65_HS1-834228961_62-HQ-83894_Section_6
Agency: FBI
Page 122
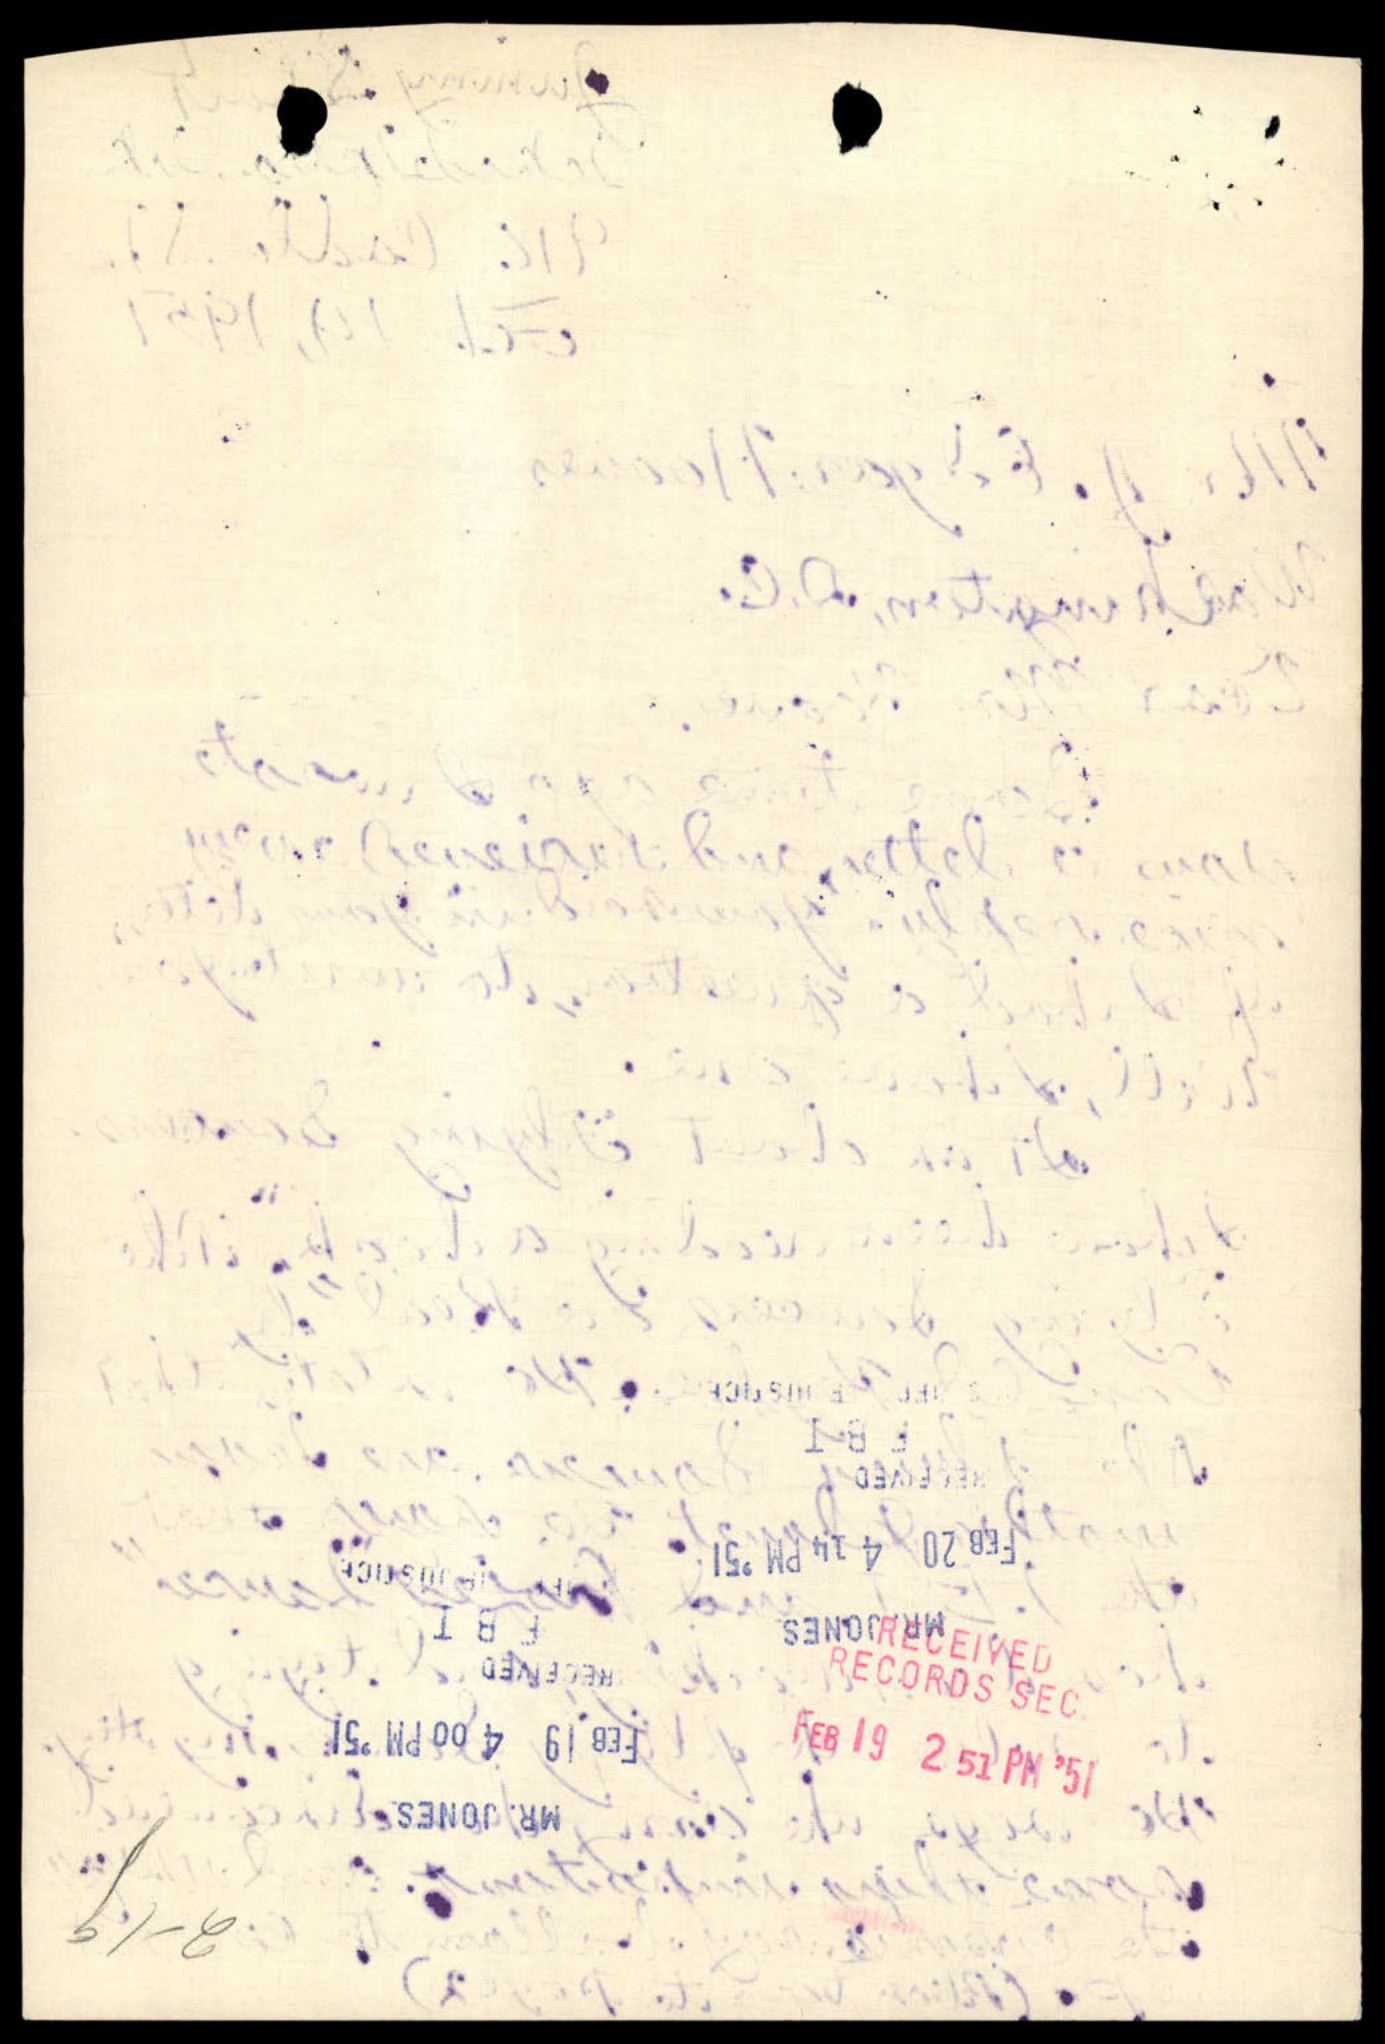